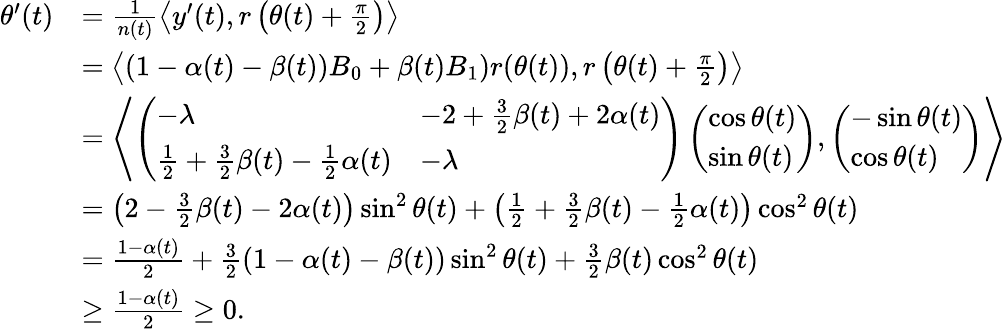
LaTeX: \begin{array}{rl}{\theta^{\prime}(t)}&{=\frac{1}{n(t)}\left\langle y^{\prime}(t),r\left(\theta(t)+\frac{\pi}{2}\right)\right\rangle}\\ &{=\left\langle(1-\alpha(t)-\beta(t))B_{0}+\beta(t)B_{1})r(\theta(t)),r\left(\theta(t)+\frac{\pi}{2}\right)\right\rangle}\\ &{=\left\langle\left(\begin{array}{ll}{-\lambda}&{-2+\frac{3}{2}\beta(t)+2\alpha(t)}\\ {\frac{1}{2}+\frac{3}{2}\beta(t)-\frac{1}{2}\alpha(t)}&{-\lambda}\end{array}\right)\left(\begin{array}{l}{\cos\theta(t)}\\ {\sin\theta(t)}\end{array}\right),\left(\begin{array}{l}{-\sin\theta(t)}\\ {\cos\theta(t)}\end{array}\right)\right\rangle}\\ &{=\left(2-\frac{3}{2}\beta(t)-2\alpha(t)\right)\sin^{2}\theta(t)+\left(\frac{1}{2}+\frac{3}{2}\beta(t)-\frac{1}{2}\alpha(t)\right)\cos^{2}\theta(t)}\\ &{=\frac{1-\alpha(t)}{2}+\frac{3}{2}\left(1-\alpha(t)-\beta(t)\right)\sin^{2}\theta(t)+\frac{3}{2}\beta(t)\cos^{2}\theta(t)}\\ &{\geq\frac{1-\alpha(t)}{2}\geq 0.}\end{array}